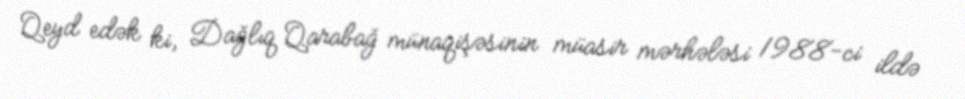
Qeyd edək ki, Dağlıq Qarabağ münaqişəsinin müasir mərhələsi 1988-ci ildə